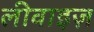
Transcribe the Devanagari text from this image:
लीवाइज़